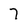
Character: 7